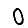
Digit: 0